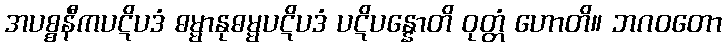
အပစ္စနီကပဋိပဒံ ဓမ္မာနုဓမ္မပဋိပဒံ ပဋိပန္နောတိ ဝုတ္တံ ဟောတိ။ ဘဂဝတော